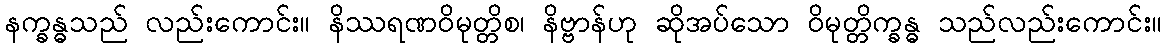
နက္ခန္ဓသည် လည်းကောင်း။ နိဿရဏဝိမုတ္တိစ၊ နိဗ္ဗာန်ဟု ဆိုအပ်သော ဝိမုတ္တိက္ခန္ဓ သည်လည်းကောင်း။